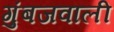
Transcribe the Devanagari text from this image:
गुंबजवाली